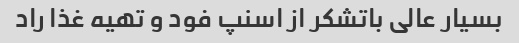
بسیار عالی باتشکر از اسنپ فود و تهیه غذا راد